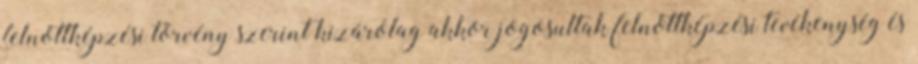
felnőttképzési törvény szerint kizárólag akkor jogosultak felnőttképzési tevékenység és